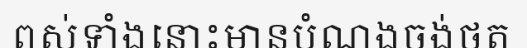
ពស់ទាំងនោះមានបំណងចង់ថត